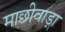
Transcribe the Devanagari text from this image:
माछीवाड़ा